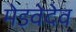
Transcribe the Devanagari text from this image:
मेडवेदेव